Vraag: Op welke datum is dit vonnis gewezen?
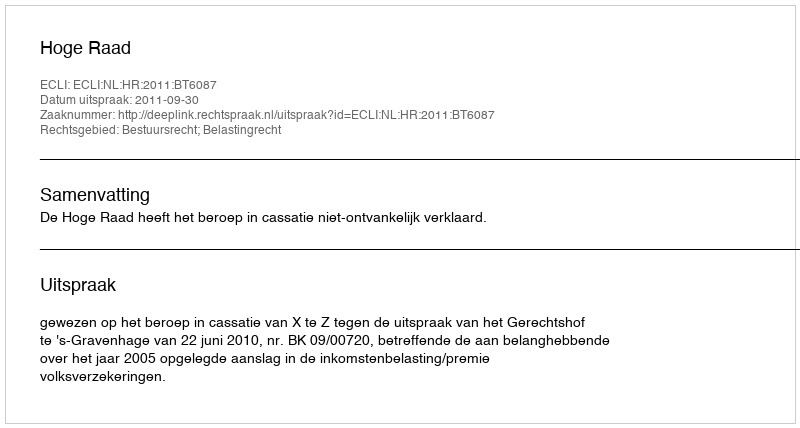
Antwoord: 2011-09-30